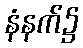
နံနက်၌